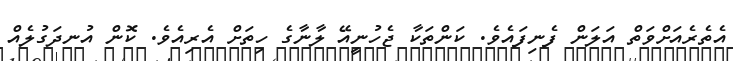
އެތެރެއަށްވަތް އަލަން ފެނިފައެވެ. ކަންތަކާ ޖެހުނީއޭ ލާނާގެ ހިތަށް އެރިއެވެ. ކޮން އުނދަގުލެއް